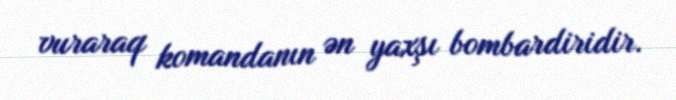
vuraraq komandanın ən yaxşı bombardiridir.